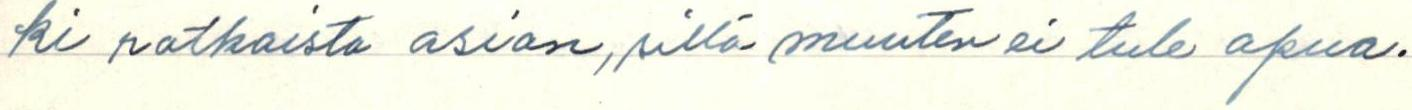
ki ratkaista asian, sillä muuten ei tule apua.